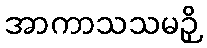
အာကာသသမဉှိ